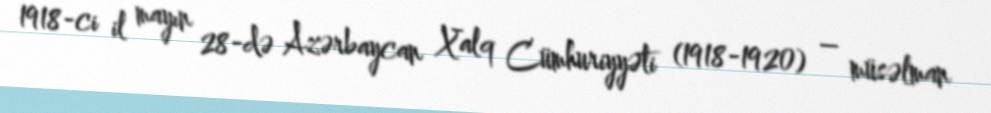
1918-ci il mayın 28-də Azərbaycan Xalq Cümhuriyyəti (1918-1920) – müsəlman